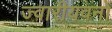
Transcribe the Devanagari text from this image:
ज्वारीयवनों